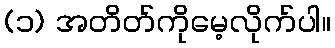
(၁) အတိတ်ကိုမေ့လိုက်ပါ။